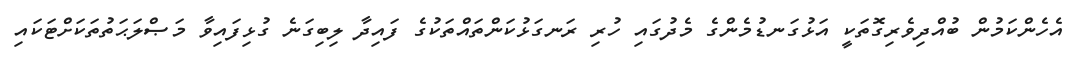
އެހެންކަމުން ބުއްދިވެރިގޮތަކީ އަޅުގަނޑުމެންގެ މެދުގައި ހުރި ރަނގަޅުކަންތައްތަކުގެ ފައިދާ ލިބިގަނެ ގުޅިފައިވާ މަޞްލަޙަތުތަކަށްޓަކައި